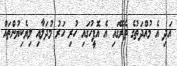
އަދި އެ މުއްދަތުގެ ތެރޭގައި އެ އޮފީހުގައި ހުރި ހަރު މުދަލާއި ލިޔެކިޔުންތައް